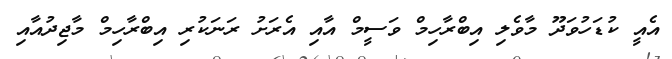
އެއީ ކުޑަހުވަދޫ މާވެލި އިބްރާހިމް ވަސީމް އާއި އެރަށު ރަނަކުރި އިބްރާހިމް މާޖިދުއާއި